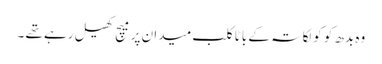
وہ بدھ کو کولکاتہ کے باٹا کلب میدان پر میچ کھیل رہے تھے ۔